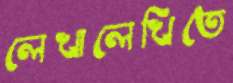
লেখালেখিতে